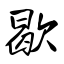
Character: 歇